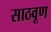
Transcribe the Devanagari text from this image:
साठवूण